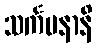
သင်္ကမနာနိ